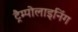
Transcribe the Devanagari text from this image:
ट्रैम्पोलाइनिंग